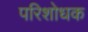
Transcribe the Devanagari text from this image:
परिशोधक